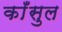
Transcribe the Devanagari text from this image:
काँसुल